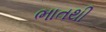
ભાતથી